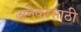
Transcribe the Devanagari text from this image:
अनेकांसाठी